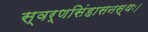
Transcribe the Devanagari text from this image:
स्वर्णसिंहासनस्थः।